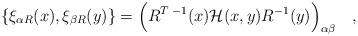
LaTeX: \begin{align*}\{\xi_{\alpha R}(x),\xi_{\beta R} (y)\} =\Bigl( R^{T\;-1}(x){\cal H}(x,y)R^{-1}(y)\Bigr)_{\alpha \beta}\quad,\end{align*}